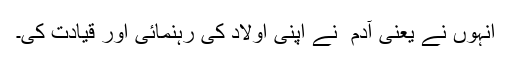
انہوں نے یعنی آدم ؑ نے اپنی اولاد کی رہنمائی اور قیادت کی۔